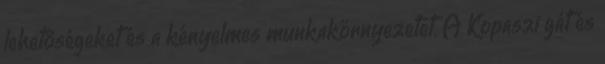
lehetőségeket és a kényelmes munkakörnyezetet. A Kopaszi gát és